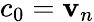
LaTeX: c_{0}=\mathbf{v}_{n}